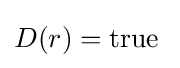
D(r)=\mathrm {true} \;